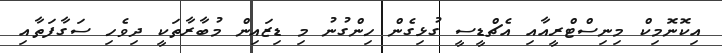
އިކޮނޮމިކް މިނިސްޓްރީއާއި އެޗްޑީސީ ގުޅިގެން ހިންގުނު މި ޑިޒައިން މުބާރާތަކީ ދިވެހި ސަގާފަތާއި